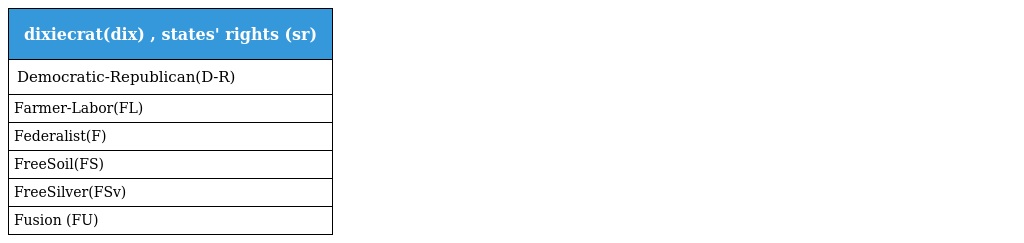
| dixiecrat(dix) , states' rights (sr) |
 | --- |
 | Democratic-Republican(D-R) |
 | Farmer-Labor(FL) |
 | Federalist(F) |
 | FreeSoil(FS) |
 | FreeSilver(FSv) |
 | Fusion (FU) |